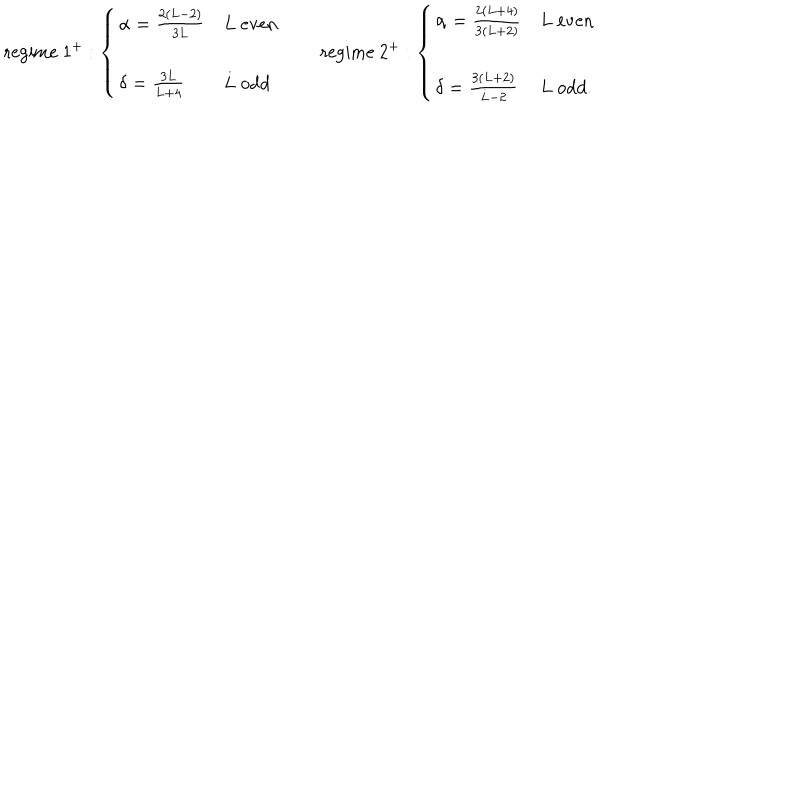
\mathrm { r e g i m e ~ } 1 ^ { + } : \left\{ \begin{array} { l l } { { \alpha = \frac { 2 ( L - 2 ) } { 3 L } } } & { { L \mathrm { ~ e v e n } } } \\ { { } } & { { } } \\ { { \delta = \frac { 3 L } { L + 4 } } } & { { L \mathrm { ~ o d d } } } \\ \end{array} \right. \qquad \mathrm { r e g i m e ~ } 2 ^ { + } : \left\{ \begin{array} { l l } { { \alpha = \frac { 2 ( L + 4 ) } { 3 ( L + 2 ) } } } & { { L \mathrm { ~ e v e n } } } \\ { { } } & { { } } \\ { { \delta = \frac { 3 ( L + 2 ) } { L - 2 } } } & { { L \mathrm { ~ o d d } . } } \\ \end{array} \right.